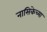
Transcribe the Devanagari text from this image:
नासिकेच्या